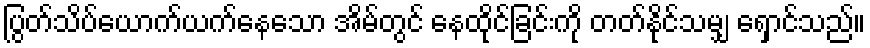
ပြွတ်သိပ်ယောက်ယက်နေသော အိမ်တွင် နေထိုင်ခြင်းကို တတ်နိုင်သမျှ ရှောင်သည်။